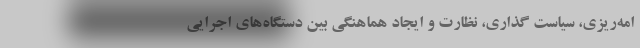
امه‌ریزی، سیاست گذاری، نظارت و ایجاد هماهنگی بین دستگاه‌های اجرایی